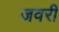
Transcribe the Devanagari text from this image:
जवरी